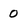
Character: O